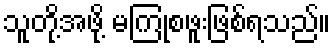
သူတို့အဖို့ မကြုံစဖူးဖြစ်ရသည်။